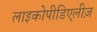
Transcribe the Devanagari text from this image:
लाइकोपीडिएलीज़